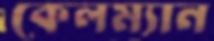
কেলম্যান